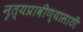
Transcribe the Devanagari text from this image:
नृत्यप्रावीण्यासाठी